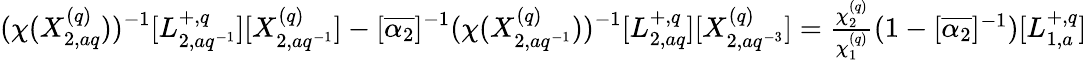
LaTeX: (\chi(X_{2,aq}^{(q)}))^{-1}[L_{2,aq^{-1}}^{+,q}][X_{2,aq^{-1}}^{(q)}]-[\overline{{\alpha_{2}}}]^{-1}(\chi(X_{2,aq^{-1}}^{(q)}))^{-1}[L_{2,aq}^{+,q}][X_{2,aq^{-3}}^{(q)}]=\textstyle\frac{\chi_{2}^{(q)}}{\chi_{1}^{(q)}}(1-[\overline{{\alpha_{2}}}]^{-1})[L_{1,a}^{+,q}]